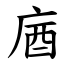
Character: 庮